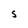
Character: S